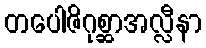
တပေါဇိဂုစ္ဆာအလ္လီနာ